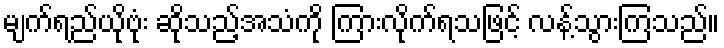
မျက်ရည်ယိုဗုံး ဆိုသည့်အသံကို ကြားလိုက်ရသဖြင့် လန့်သွားကြသည်။